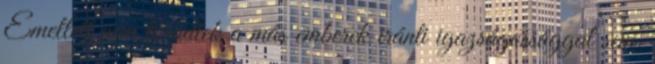
Emellett nem törődtek a más emberek iránti igazságossággal sem.